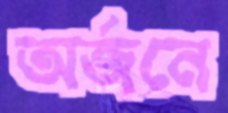
অর্জনে